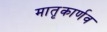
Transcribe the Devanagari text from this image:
मातृकार्णव